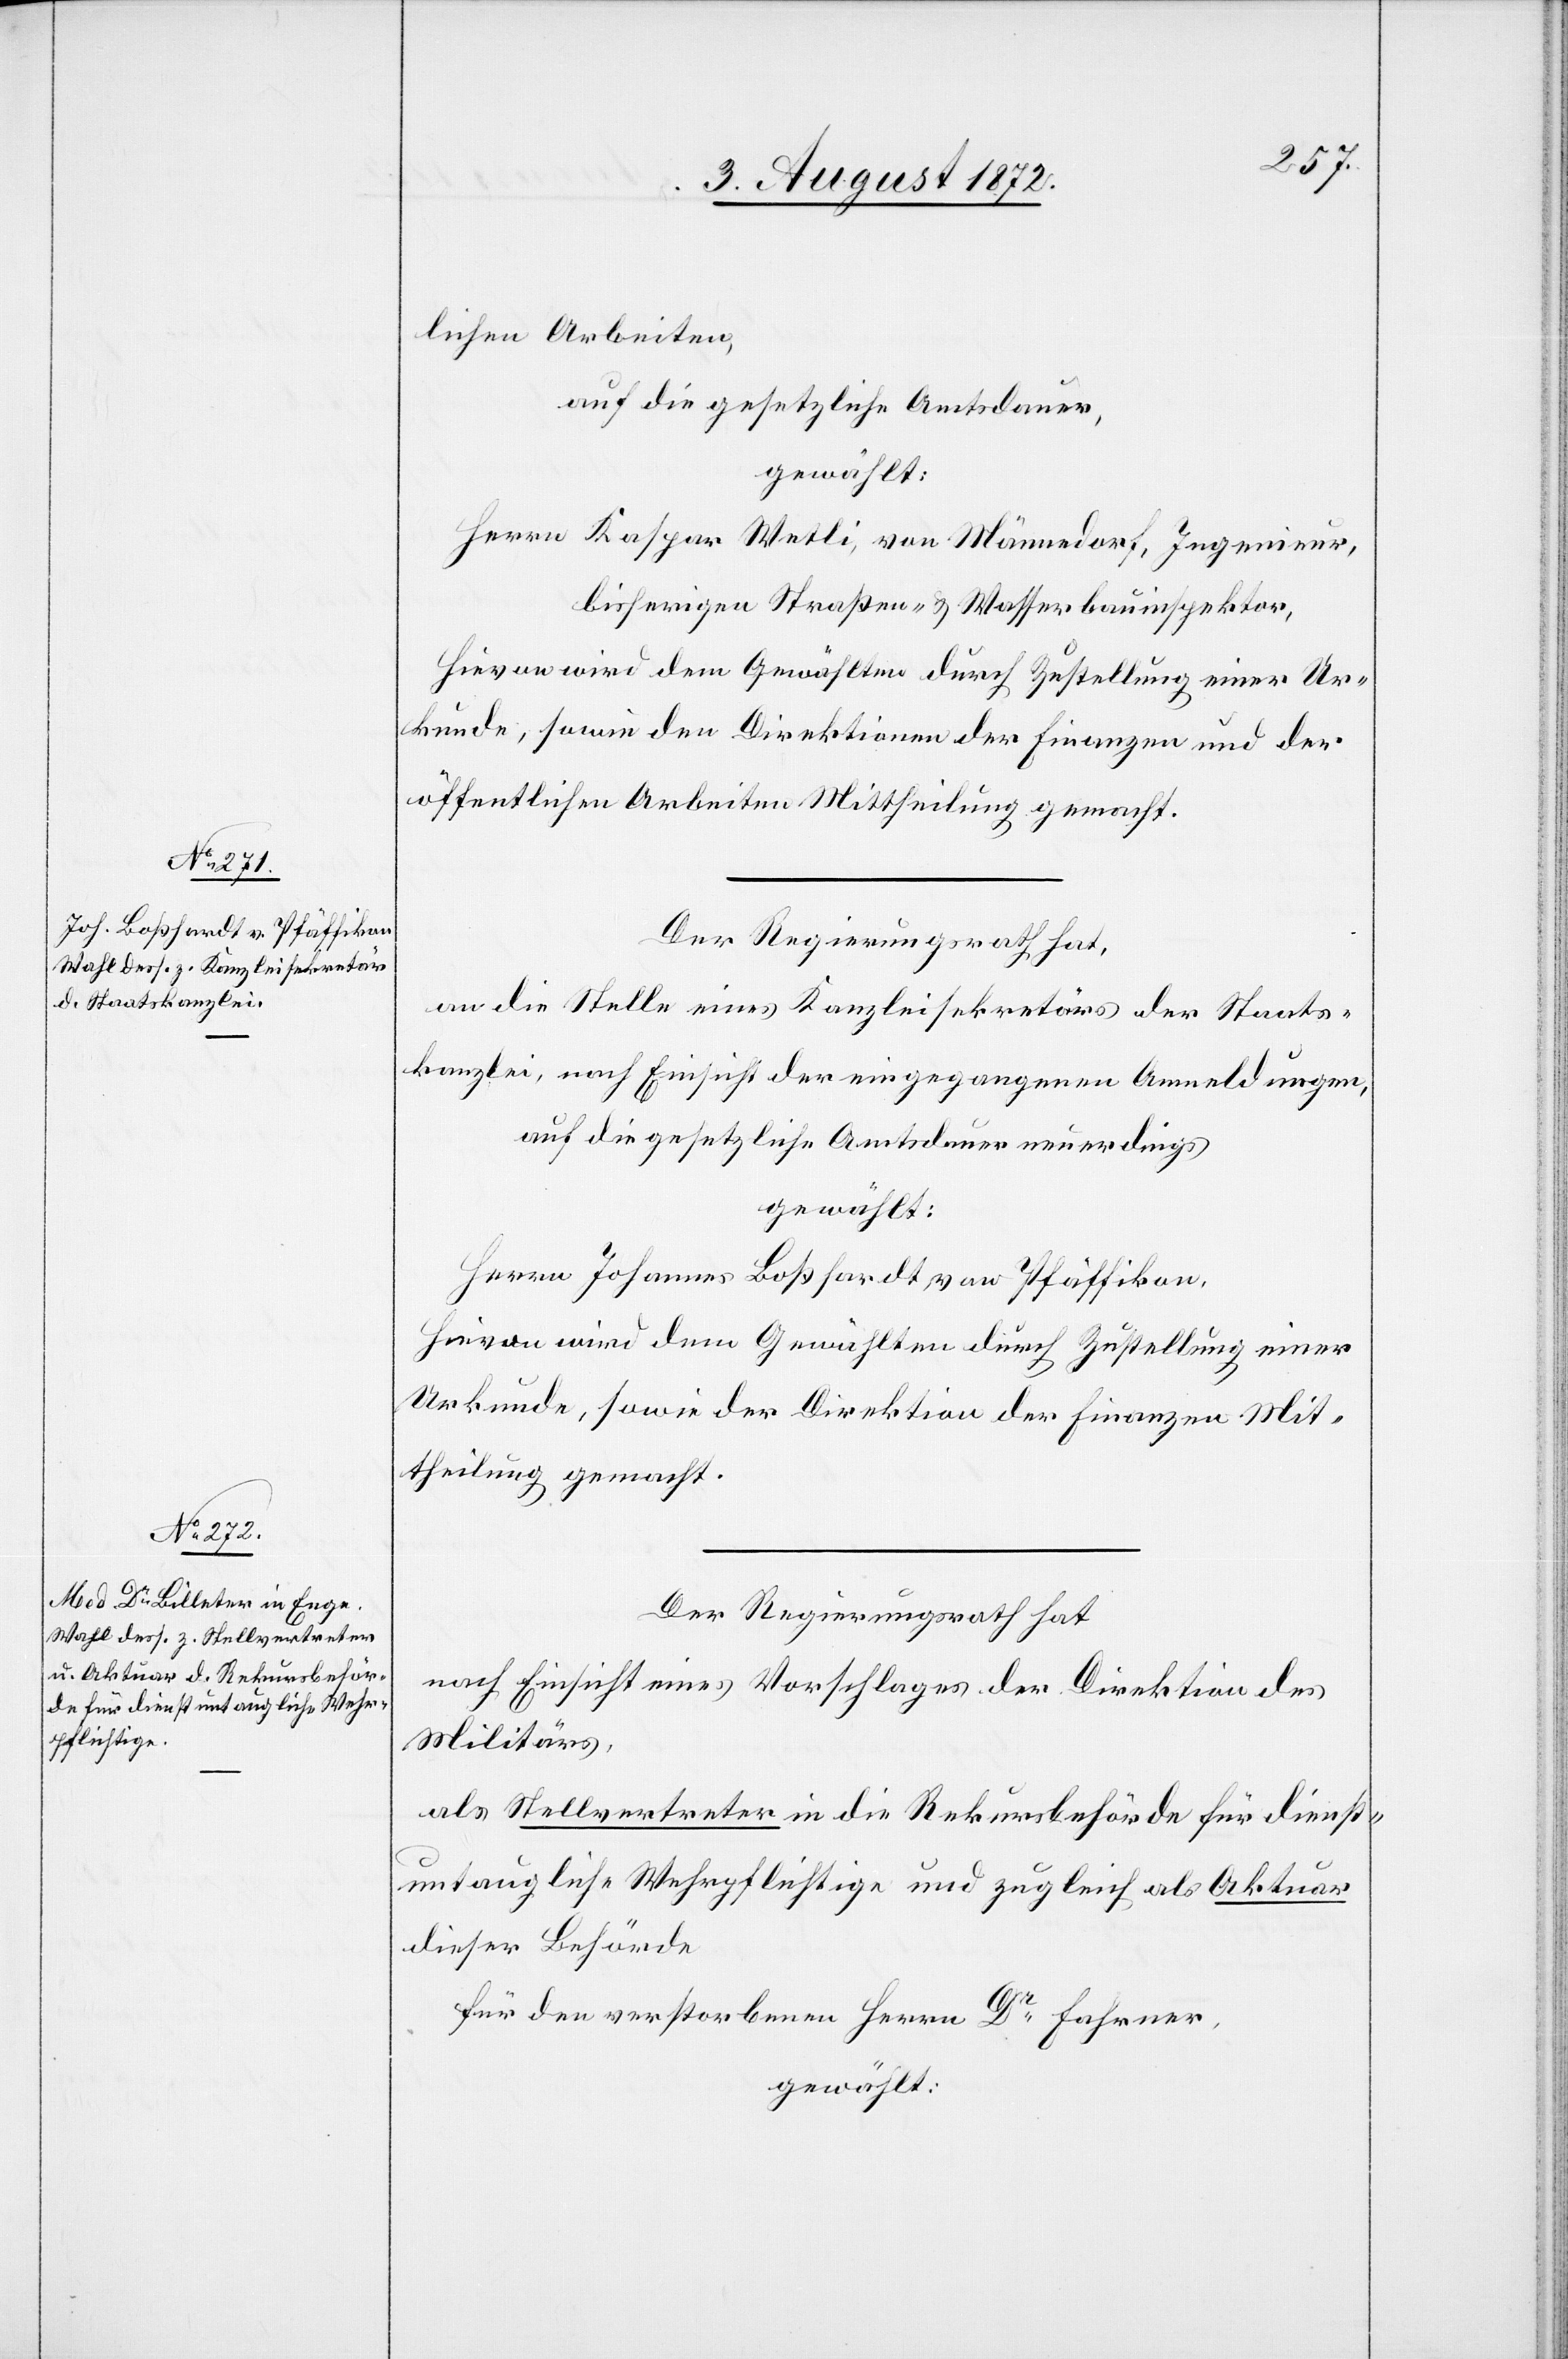
lichen Arbeiten,
auf die gesetzliche Amtsdauer,
gewählt:
Herrn Kaspar Wetli, von Männedorf, Ingenieur,
bisherigen Straßen- u. Wasserbauinspektor,
Hievon wird dem Gewählten durch Zustellung einer Ur¬
kunde, sowie den Direktionen der Finanzen und der
öffentlichen Arbeiten Mittheilung gemacht.
Der Regierungsrath hat,
an die Stelle eines Kanzleisekretärs der Staats¬
kanzlei, nach Einsicht der eingegangenen Anmeldungen,
auf die gesetzliche Amtsdauer neuerdings
gewählt:
Herrn Johannes Boßhardt, von Pfäffikon,
Hievon wird dem Gewählten durch Zustellung einer
Urkunde, sowie der Direktion der Finanzen Mit¬
theilung gemacht.
Der Regierungsrath hat
nach Einsicht eines Vorschlages der Direktion des
Militärs,
als Stellvertreter in die Rekursbehörde für dienst¬
untaugliche Wehrpflichtige und zugleich als Aktuar
dieser Behörde
für den verstorbenen Herrn Dr Fahrner,
gewählt: